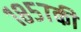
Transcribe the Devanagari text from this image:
१८५७की